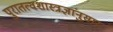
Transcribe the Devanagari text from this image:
पुरातत्वशास्त्रज्ञांनुसार